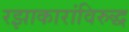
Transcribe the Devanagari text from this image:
रझाकारांविरुद्ध